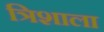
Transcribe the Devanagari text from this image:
त्रिशाला